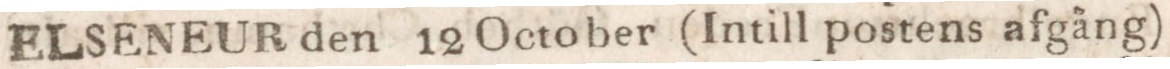
ELSENEUR den 12 October (Intill postens afgång)